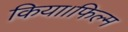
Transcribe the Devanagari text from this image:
किया।फिल्म